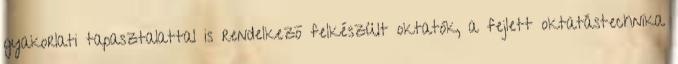
gyakorlati tapasztalattal is rendelkezõ felkészült oktatók, a fejlett oktatástechnika